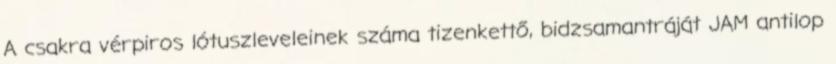
A csakra vérpiros lótuszleveleinek száma tizenkettő, bidzsamantráját JAM antilop